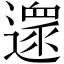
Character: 𨖼